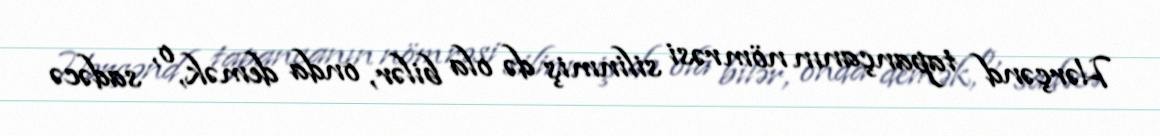
Hərçənd tapançanın nömrəsi silinmiş də ola bilər, onda demək, o, sadəcə